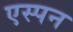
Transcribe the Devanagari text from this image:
एस्पन